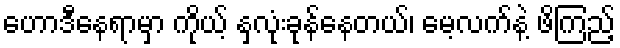
ဟောဒီနေရာမှာ ကိုယ့် နှလုံးခုန်နေတယ်၊ မေ့လက်နဲ့ ဖိကြည့်